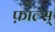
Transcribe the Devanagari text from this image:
फ़ाल्स्